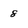
Character: 8